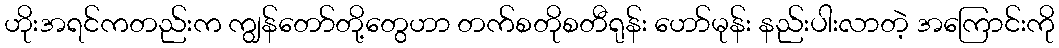
ဟိုးအရင်ကတည်းက ကျွန်တော်တို့တွေဟာ တက်စတိုစတီရုန်း ဟော်မုန်း နည်းပါးလာတဲ့ အကြောင်းကို